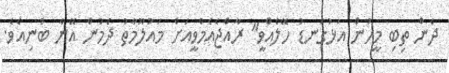
ދެން ތިބި މީހުން އަޅުގަނޑު ހޭލެއްވީ" ރާއްޖެއެމްވީއަށް މައުލޫމާތު ދެމުން އޭނާ ބުނިއެވެ.